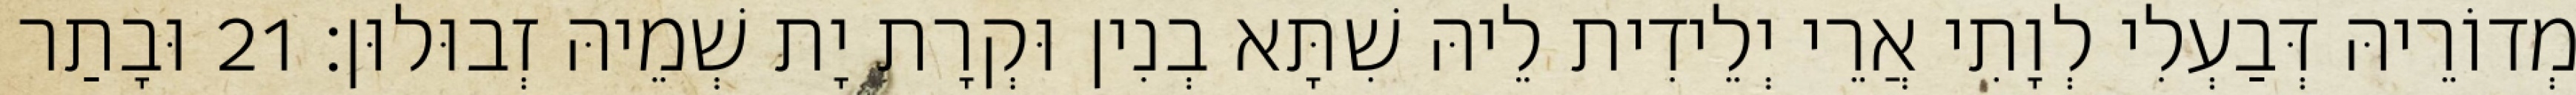
מְדוֹרֵיהּ דְּבַעְלִי לְוָתִי אֲרֵי יְלֵידִית לֵיהּ שִׁתָּא בְנִין וּקְרָת יָת שְׁמֵיהּ זְבוּלוּן׃ 21 וּבָתַר